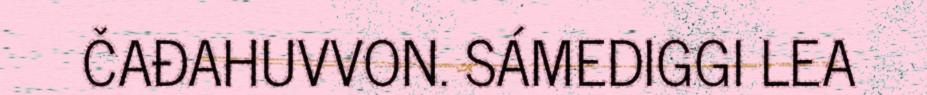
ČAĐAHUVVON. SÁMEDIGGI LEA